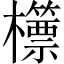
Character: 𣠓